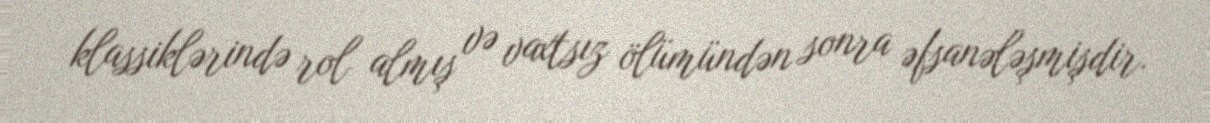
klassiklərində rol almış və vaxtsız ölümündən sonra əfsanələşmişdir.